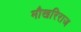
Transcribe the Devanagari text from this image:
मौखरिराज